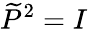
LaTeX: \widetilde{P}^{2}=I